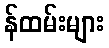
န်ထမ်းများ